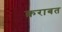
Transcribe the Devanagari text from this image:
क़राबत